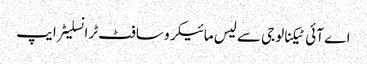
اے آئی ٹیکنالوجی سے لیس مائیکرو سافٹ ٹرانسلیٹر ایپ